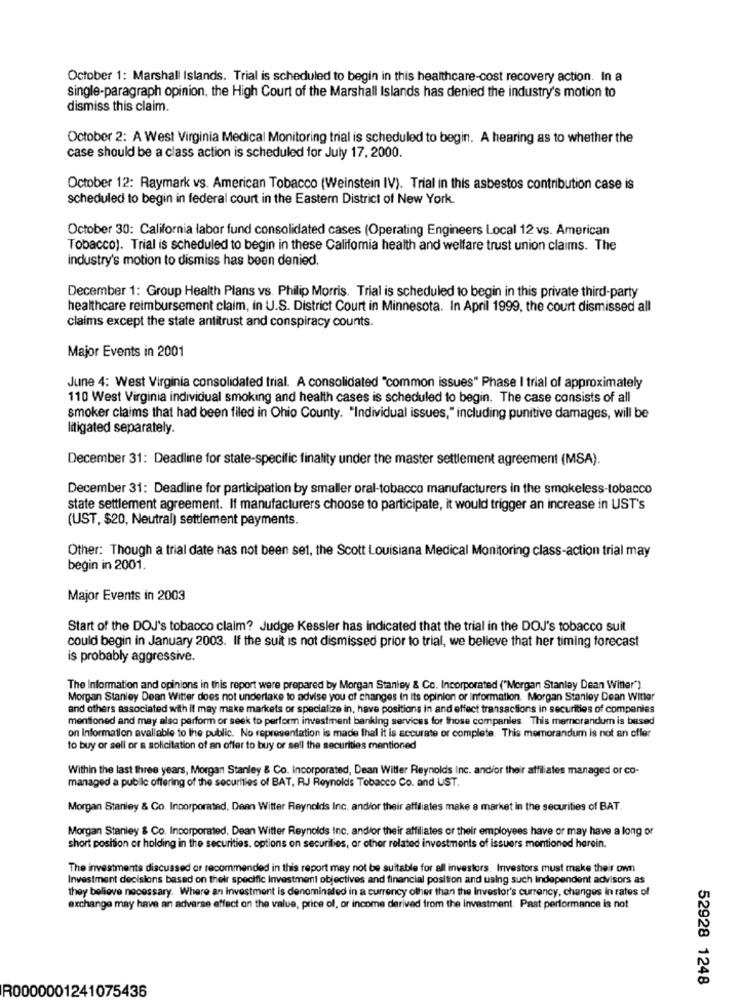
October 1: Marshall Islands. Trial is scheduled to begin in this healthcare-cost recovery action. In a
single-paragraph opinion, the High Court of the Marshall Islands has denied the industry's motion to
dismiss this claim.
October 2: A West Virginia Medical Monitoring trial is scheduled to begin. A hearing as to whether the
case should be a class action is scheduled for July 17, 2000.
October 12: Raymark vs. American Tobacco (Weinstein IV). Trial in this asbestos contribution case is
scheduled to begin in federal court in the Eastern District of New York.
October 30: California labor fund consolidated cases (Operating Engineers Local 12 vs. American
Tobacco). Trial is scheduled to begin in these Califomia health and welfare trust union claims. The
industry's motion to dismiss has been denied.
December 1: Group Health Plans vs. Philip Morris. Trial is scheduled to begin in this private third-party
healthcare reimbursement claim, in U.S. District Court in Minnesota. In April 1999, the court dismissed all
claims except the state antitrust and conspiracy counts.
Major Events in 2001
June 4: West Virginia consolidated trial. A consolidated "common issues" Phase I trial of approximately
110 West Virginia individual smoking and health cases is scheduled to begin. The case consists of all
smoker claims that had been filed in Ohio County. "Individual issues," including punitive damages, will be
litigated separately.
December 31: Deadline for state-specific finality under the master settlement agreement (MSA).
December 31: Deadline for participation by smaller oral-tobacco manufacturers in the smokeless-tobacco
state settlement agreement. If manufacturers choose to participate, it would trigger an increase in UST's
(UST, $20, Neutral) settlement payments.
Other: Though a trial date has not been set, the Scott Louisiana Medical Monitoring class-action trial may
begin in 2001.
Major Events in 2003
Start of the DOJ's tobacco claim? Judge Kessler has indicated that the trial in the DOJ's tobacco suit
could begin in January 2003. If the suit is not dismissed prior to trial, we believe that her timing forecast
is probably aggressive.
The Information and opinions in this report were prepared by Morgan Stanley & Co. Incorporated ("Morgan Stanley Dean Witter").
Morgan Stanley Dean Witter does not undertake to advise you of changes in its opinion or information. Morgan Stanley Dean Witter
and others associated with it may make markets or specialize in, have positions in and effect transactions in securities of companies
mentioned and may also perform or seek to perform investment banking services for those companies. This memorandum is based
on Information available to the public. No representation is made thal it is accurate or complete. This memorandum is not an offer
to buy or sell or a solicitation of an offer to buy or sell the securities mentioned
Within the last three years, Morgan Stanley & Co. Incorporated, Dean Wilfer Reynolds Inc. and/or their affiliates managed or co-
managed a public offering of the securities of BAT, RJ Reynolds Tobacco Co. and UST.
Morgan Stanley & Co. Incorporated, Dean Witter Reynolds Inc. and/or their affiliates make a market in the securities of BAT.
Morgan Stanley & Co. Incorporated. Dean Witter Reynolds Inc. and/or their affiliates or their employees have or may have a long or
short position or holding in the securities. options on securities, or other related investments of issuers mentioned herein.
The investments discussed or recommended in this report may not be suitable for all investors. Investors must make their own
Investment decisions based on their specific Investment objectives and financial position and using such Independent advisors as
they believe necessary. Where an Investment is denominated in a currency other than the Investor's currency, changes in rates of
exchange may have an adverse effect on the value, price of, or income derived from the investment. Past performance is not
52928 1248
R0000001241075436